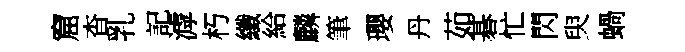
窟杳乳記滹朽纖給麟筆瓔丹茹碁忙閃臾蝸